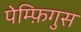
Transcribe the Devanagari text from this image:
पेम्फ़िगुस